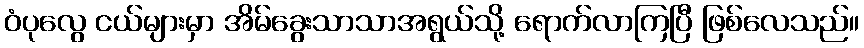
ဝံပုလွေ ငယ်များမှာ အိမ်ခွေးသာသာအရွယ်သို့ ရောက်လာကြပြီ ဖြစ်လေသည်။